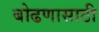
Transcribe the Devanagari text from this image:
बोढणासाठी